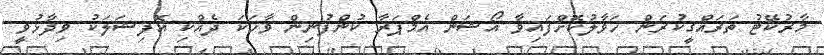
މާރުކޭޓު ތަރައްގީކުރަން ހަވާލުކޮށްފައިވާ އޯޝަން އެމްޕަރާ ކުންފުނިން ވާހަކަ ދެއްކި އޮފިޝަލަކު ވިދާޅުވީ